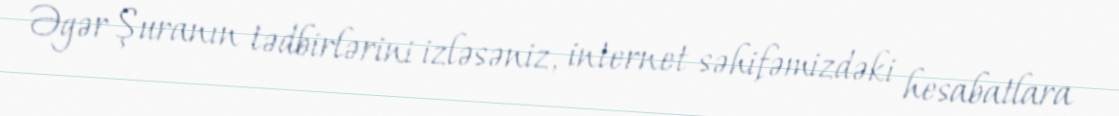
Əgər Şuranın tədbirlərini izləsəniz, internet səhifəmizdəki hesabatlara